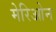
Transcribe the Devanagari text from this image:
मेरिओन